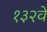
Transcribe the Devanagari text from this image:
१३२वे